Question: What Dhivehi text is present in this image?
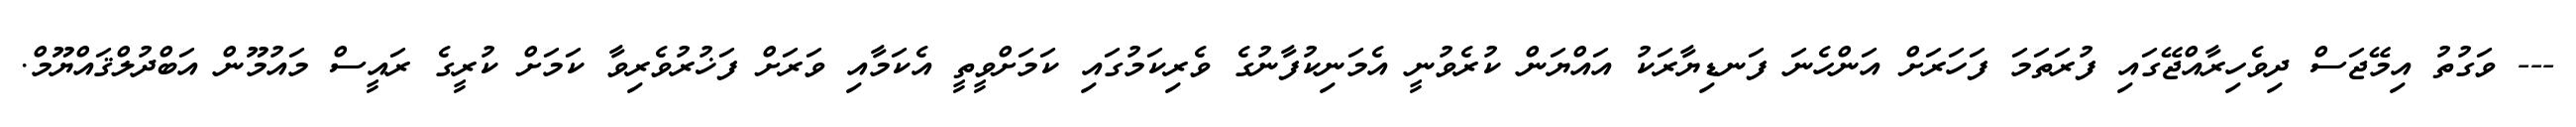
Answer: --- ވަގުތު އިމޭޖަސް ދިވެހިރާއްޖޭގައި ފުރަތަމަ ފަހަރަށް އަންހެނަ ފަނޑިޔާރަކު އައްޔަން ކުރެވުނީ އެމަނިކުފާނުގެ ވެރިކަމުގައި ކަމަށްވީތީ އެކަމާއި ވަރަށް ފަޚުރުވެރިވާ ކަމަށް ކުރީގެ ރައީސް މައުމޫން އަބްދުލްޤައްޔޫމް.